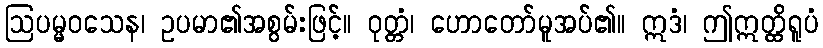
ဩပမ္မဝသေန၊ ဥပမာ၏အစွမ်းဖြင့်။ ဝုတ္တံ၊ ဟောတော်မူအပ်၏။ ဣဒံ၊ ဤဣတ္ထိရူပံ